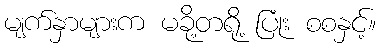
မျက်နှာများက မခို့တရို့ ပြုံး စစနှင့်။